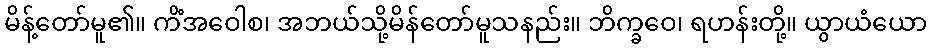
မိန့်တော်မူ၏။ ကိံအဝေါစ၊ အဘယ်သို့မိန်တော်မူသနည်း။ ဘိက္ခဝေ၊ ရဟန်းတို့။ ယွာယံယော